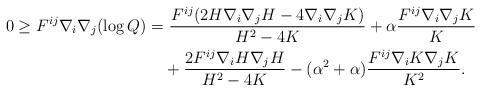
LaTeX: \begin{align*} 0 \geq F^{ij}\nabla_i\nabla_j (\log Q) =&\ \frac{F^{ij}(2H\nabla_i\nabla_j H-4\nabla_i\nabla_j K)}{H^2-4K}+\alpha\frac{F^{ij} \nabla_i\nabla_j K}{K}\\ &+\frac{2F^{ij}\nabla_iH\nabla_j H}{H^2-4K}-(\alpha^2+\alpha)\frac{F^{ij}\nabla_iK\nabla_j K}{K^2}.\end{align*}